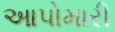
આપોમારી